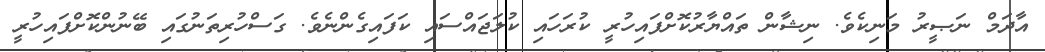
އާދަމް ނަޞީރު މަނިކެވެ. ނިޝާން ތައްޔާރުކޮށްފައިހުރީ ކުރަހައި ކުލަޖައްސައި ކަފައިގެންނެވެ. ގަސްހުރިތަނުގައި ބޭނުންކޮށްފައިހުރީ